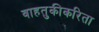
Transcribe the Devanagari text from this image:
वाहतुकीकरिता